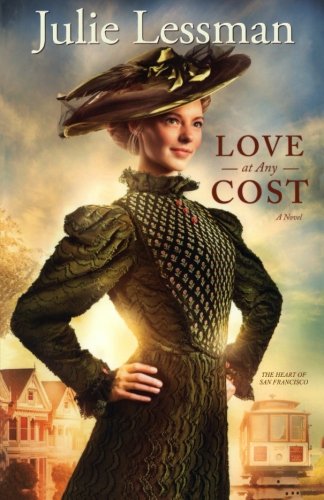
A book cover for Love at Any Cost: A Novel (The Heart of San Francisco); Julie Lessman; Romance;